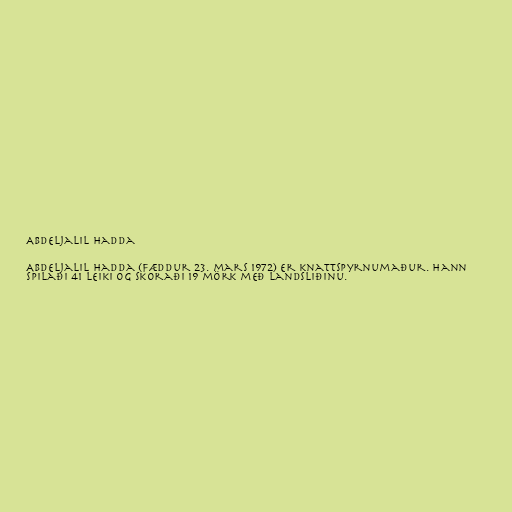
Abdeljalil Hadda

Abdeljalil Hadda (fæddur 23. mars 1972) er knattspyrnumaður. Hann
spilaði 41 leiki og skoraði 19 mörk með landsliðinu.